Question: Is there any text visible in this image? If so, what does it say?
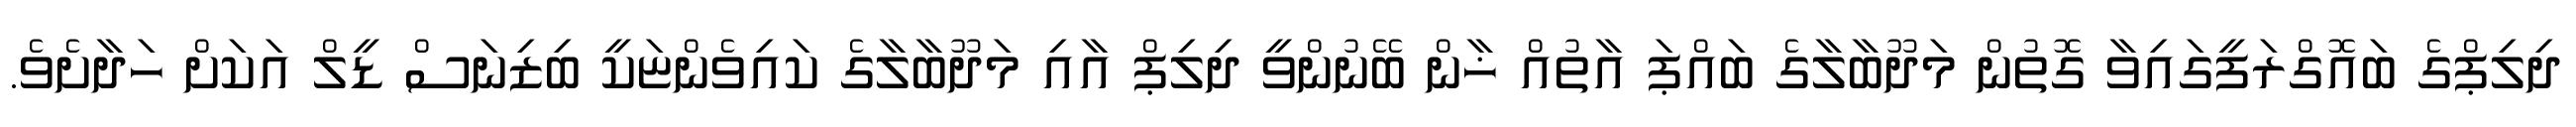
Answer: ދިލިޕްގެ ބައޮގްރަފީގައިވާ ގޮތުން މަދޫބާލާގެ ބައްޕަ އާތުއް ޚާން ބޭނުންވީ ދިލިޕް އާއި މަދޫބާލާގެ ކައިވެންޏަކީ ބިޒިނަސް ޑީލް އަކަށް ހަދާށެވެ.